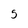
Character: 5